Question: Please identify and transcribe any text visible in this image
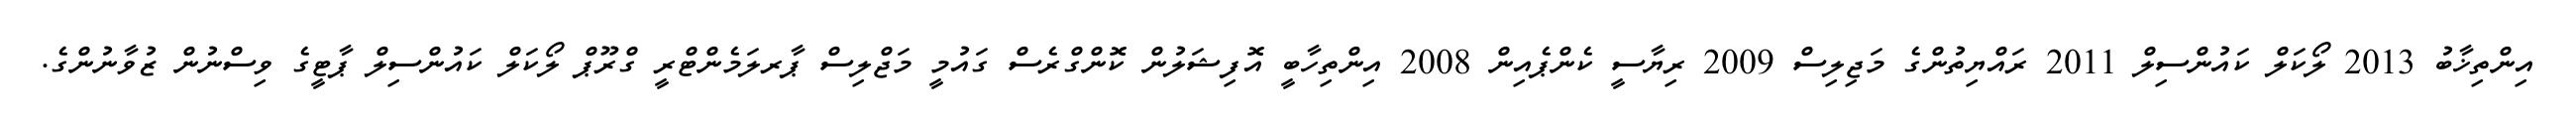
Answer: އިންތިޚާބު 2013 ލޯކަލް ކައުންސިލް 2011 ރައްޔިތުންގެ މަޖިލިސް 2009 ރިޔާސީ ކެންޕެއިން 2008 އިންތިހާބީ އޮފިޝަލުން ކޮންގްރެސް ގައުމީ މަޖްލިސް ޕާރލަމެންޓްރީ ގްރޫޕް ލޯކަލް ކައުންސިލް ޕާޓީގެ ވިސްނުން ޒުވާނުންގެ.